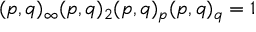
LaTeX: ( p , q ) _ { \infty } ( p , q ) _ { 2 } ( p , q ) _ { p } ( p , q ) _ { q } = 1